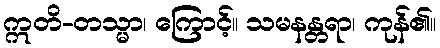
ဣတိ-တသ္မာ၊ ကြောင့်။ သမနန္တရာ၊ ကုန်၏။